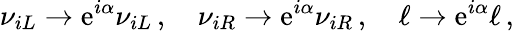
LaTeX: \nu_{iL}\to\mathrm{e}^{i\alpha}\nu_{iL}\, ,\quad\nu_{iR}\to\mathrm{e}^{i\alpha}\nu_{iR}\, ,\quad\ell\to\mathrm{e}^{i\alpha}\ell\, ,